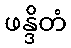
ဖန္ဒိတံ